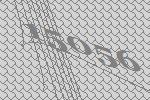
15056